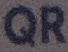
QR